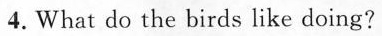
4.What do the birds like doing?